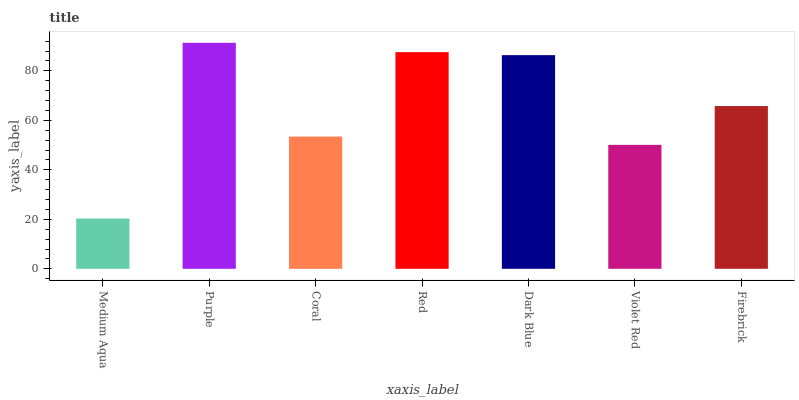
| xaxis_label | bars |
 | --- | --- |
 | Medium Aqua | 20.3 |
 | Purple | 91.3 |
 | Coral | 53.4 |
 | Red | 87.6 |
 | Dark Blue | 86.3 |
 | Violet Red | 50.1 |
 | Firebrick | 65.8 |